画像に写った文字を読んでください
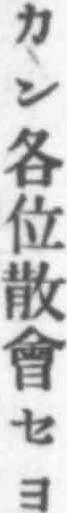
「カン各位散會セヨ」と書いてあります